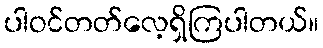
ပါဝင်တတ်လေ့ရှိကြပါတယ်။